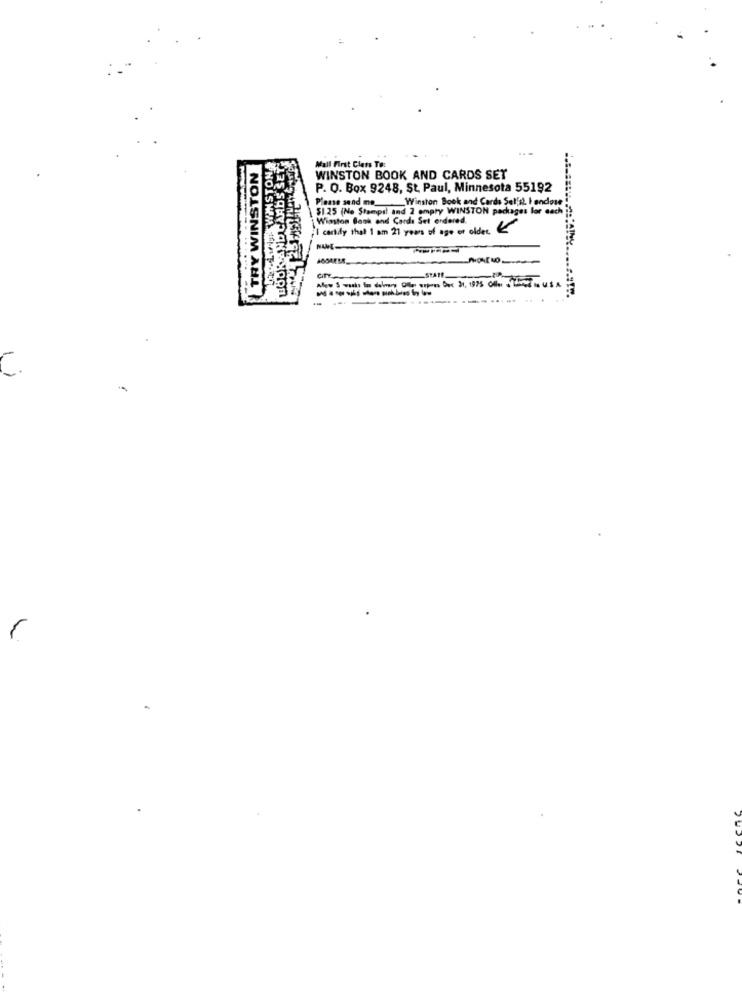
BOOK AND CARDS SET
TRY WINSTON
Mall First Class To:
WINSTON BOOK AND CARDS SET
P. O. Box 9248, St. Paul, Minnesota 55192
Winston Book and Cards Sel'il, I enclose
Please send mo_
51.25 (No Stampil and 2 empry WINSTON packages lor each
Winston Book and Cards Set erdered.
"I cartdy that I am 21 years of age or older.
NOISHEMILT.TI
STATE
---
C.